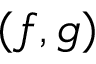
( f , g )